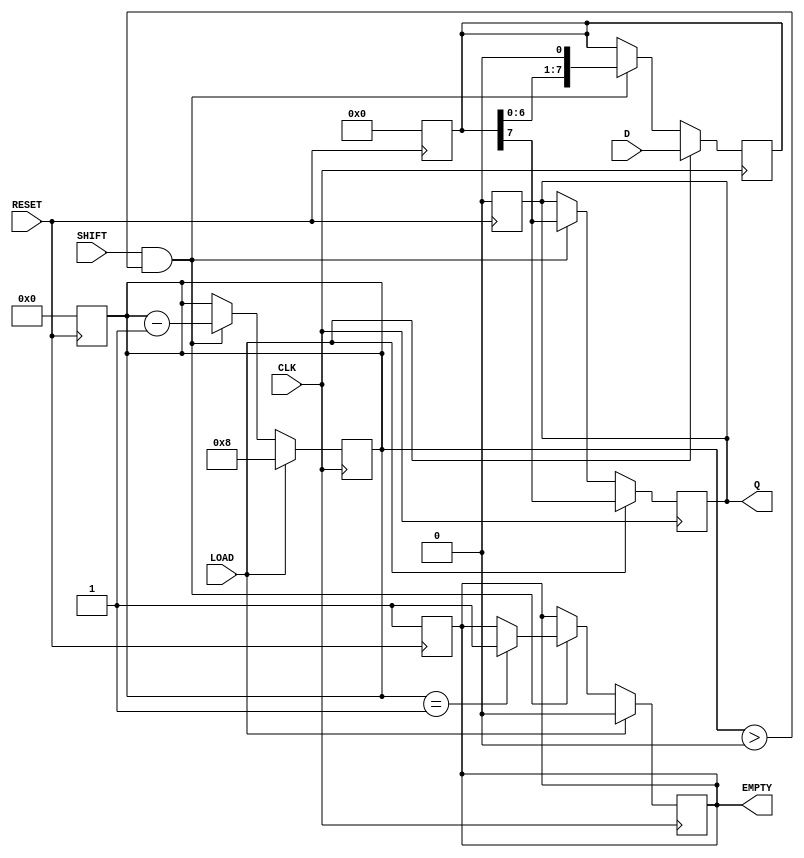
module PISO_Register #(
    parameter N = 8  // Parameter for data width
)(
    input wire [N-1:0] D,          // Parallel Data Input
    input wire LOAD,                // Load signal
    input wire CLK,                 // Clock signal
    input wire SHIFT,               // Shift signal
    input wire RESET,               // Reset signal
    output reg Q,                   // Serial Output
    output reg EMPTY                // Empty signal
);

reg [N-1:0] SR;                   // Shift Register
reg [3:0] count;                  // Counter to track number of shifts

// Asynchronous Reset
always @(posedge RESET) begin
    SR <= 0;                       // Clear the shift register
    Q <= 0;                        // Clear the output
    EMPTY <= 1;                   // Register is empty
    count <= 0;                   // Clear counter
end

// Load and Shift logic
always @(posedge CLK) begin
    if (LOAD) begin
        SR <= D;                   // Load parallel data into shift register
        Q <= SR[N-1];             // Output the MSB
        EMPTY <= 0;               // Register is not empty
        count <= N;               // Set counter to the width of the data
    end
    else if (SHIFT && (count > 0)) begin
        Q <= SR[N-1];             // Output MSB
        SR <= {SR[N-2:0], 1'b0};  // Shift left (or right as needed)
        count <= count - 1;       // Decrement the counter
        if (count == 1)
            EMPTY <= 1;           // Set EMPTY if no bits left
    end
end

endmodule